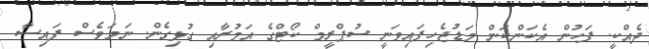
ދެއްކީ. ފަހުން އެކަންކަން މަޑުޖެހިފައިވަނީ ސުޕްރީމް ކޯޓްގެ އަމުރާއި ގުޅިގެން. ނަމަވެސް ފައިސާ